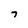
Character: 7